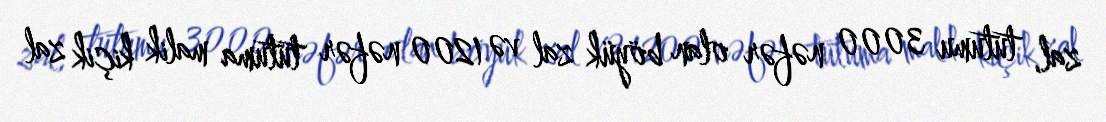
zal, tutumu 3000 nəfər olan böyük zal və 1200 nəfər tutuma malik kiçik zal